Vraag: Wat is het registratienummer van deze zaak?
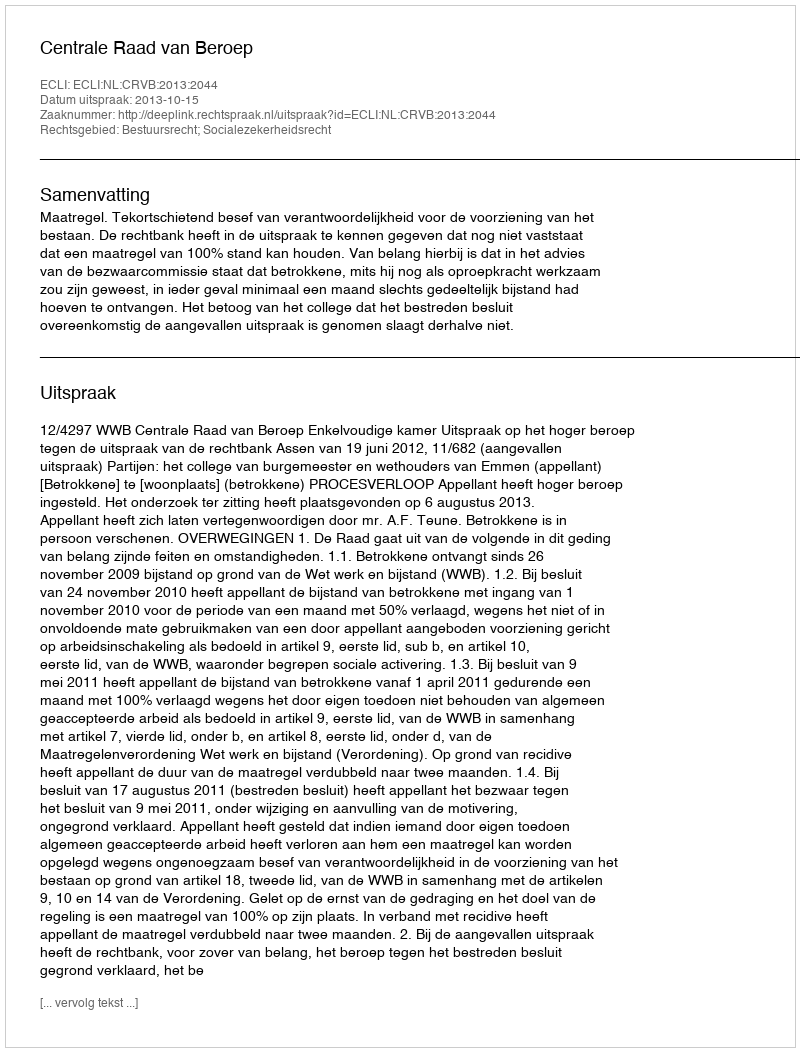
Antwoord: http://deeplink.rechtspraak.nl/uitspraak?id=ECLI:NL:CRVB:2013:2044